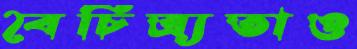
বৈচিত্র্যতাও